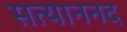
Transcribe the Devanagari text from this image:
सत्याननद